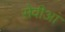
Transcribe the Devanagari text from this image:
सेवीआं